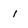
Character: i